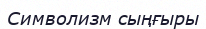
Символизм сыңғыры